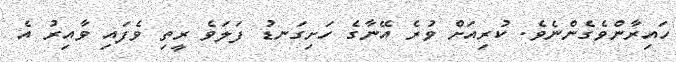
ހައިރާންވެގެންނެވެ. ކުރިއަށް ވުރެ އޭނާގެ ހަށިގަނޑު ފަލަވެ ރީތި ވެފައި ވާއިރު އެ